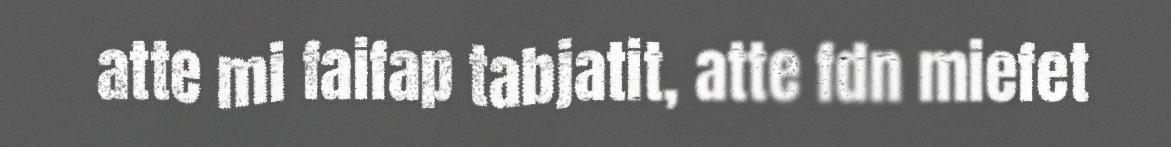
atte mi faifap tabjatit, atte fdn miefet